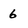
Character: 6